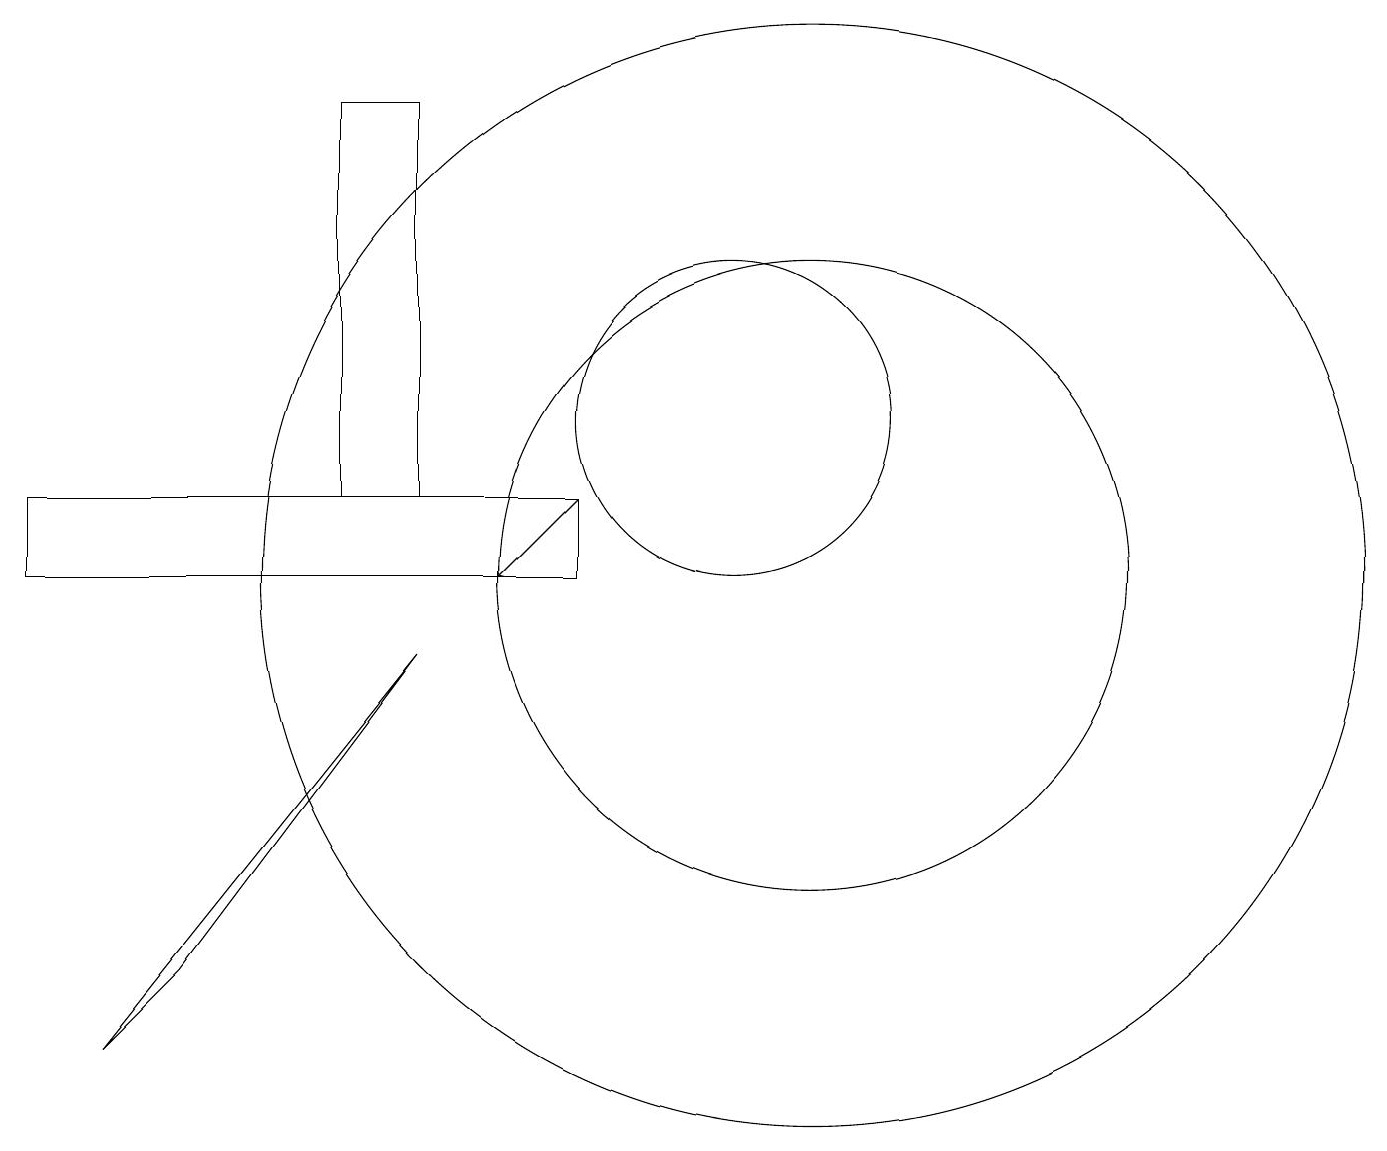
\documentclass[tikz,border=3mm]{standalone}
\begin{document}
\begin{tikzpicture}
\draw (6,9) -- (2,4) -- (3,5) -- cycle;
\draw[->] (8,11) -- (7,10);
\draw (1,11) rectangle (8,10);
\draw (10,12) circle (2);
\draw (5,11) rectangle (6,16);
\draw (11,10) circle (4);
\draw (11,10) circle (7);
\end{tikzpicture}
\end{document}